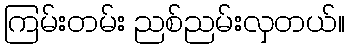
ကြမ်းတမ်း ညစ်ညမ်းလှတယ်။